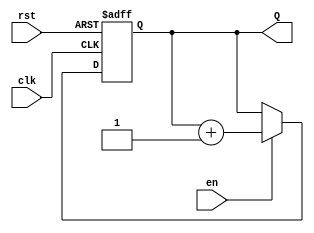
module binary_up_counter #(
    parameter N = 4  // Parameter for the number of bits in the counter
)(
    input wire clk,   // Clock input
    input wire rst,   // Asynchronous reset input
    input wire en,    // Enable input
    output reg [N-1:0] Q  // n-bit output for the counter
);

    // Always block triggered on the rising edge of the clock or the reset signal
    always @(posedge clk or posedge rst) begin
        if (rst) begin
            // Reset the counter to 0
            Q <= 0;
        end else if (en) begin
            // Increment the counter
            Q <= Q + 1;
        end
        // If enable is low, the counter retains its value
    end

endmodule